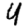
Digit: 4